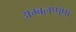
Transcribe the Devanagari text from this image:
अम्बलप्पुष़ा